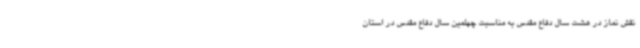
نقش نماز در هشت سال دفاع مقدس به مناسبت چهلمین سال دفاع مقدس در استان